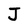
Character: J